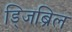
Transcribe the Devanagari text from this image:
ड्जिब्रिल